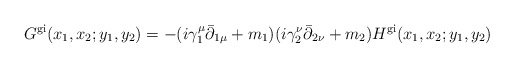
\begin{align*}G^{\rm gi}(x_1,x_2; y_1,y_2) =-(i \gamma_1^\mu \bar{\partial}_{1 \mu} + m_1) ( i \gamma_2^\nu \bar{\partial}_{2 \nu} +m_2) H^{\rm gi}(x_1,x_2;y_1,y_2)\end{align*}